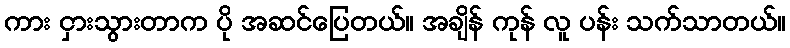
ကား ငှားသွားတာက ပို အဆင်ပြေတယ်။ အချိန် ကုန် လူ ပန်း သက်သာတယ်။